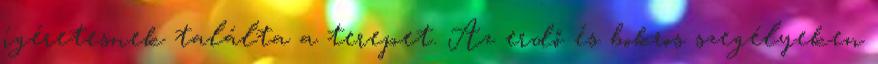
ígéretesnek találta a terepet. Az erdő és bokros szegélyeken